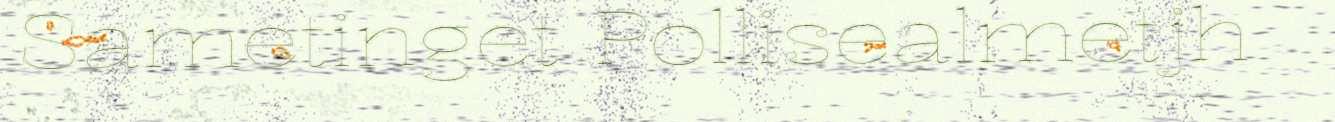
Sametinget Pollisealmetjh